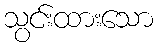
သွင်းထားသော